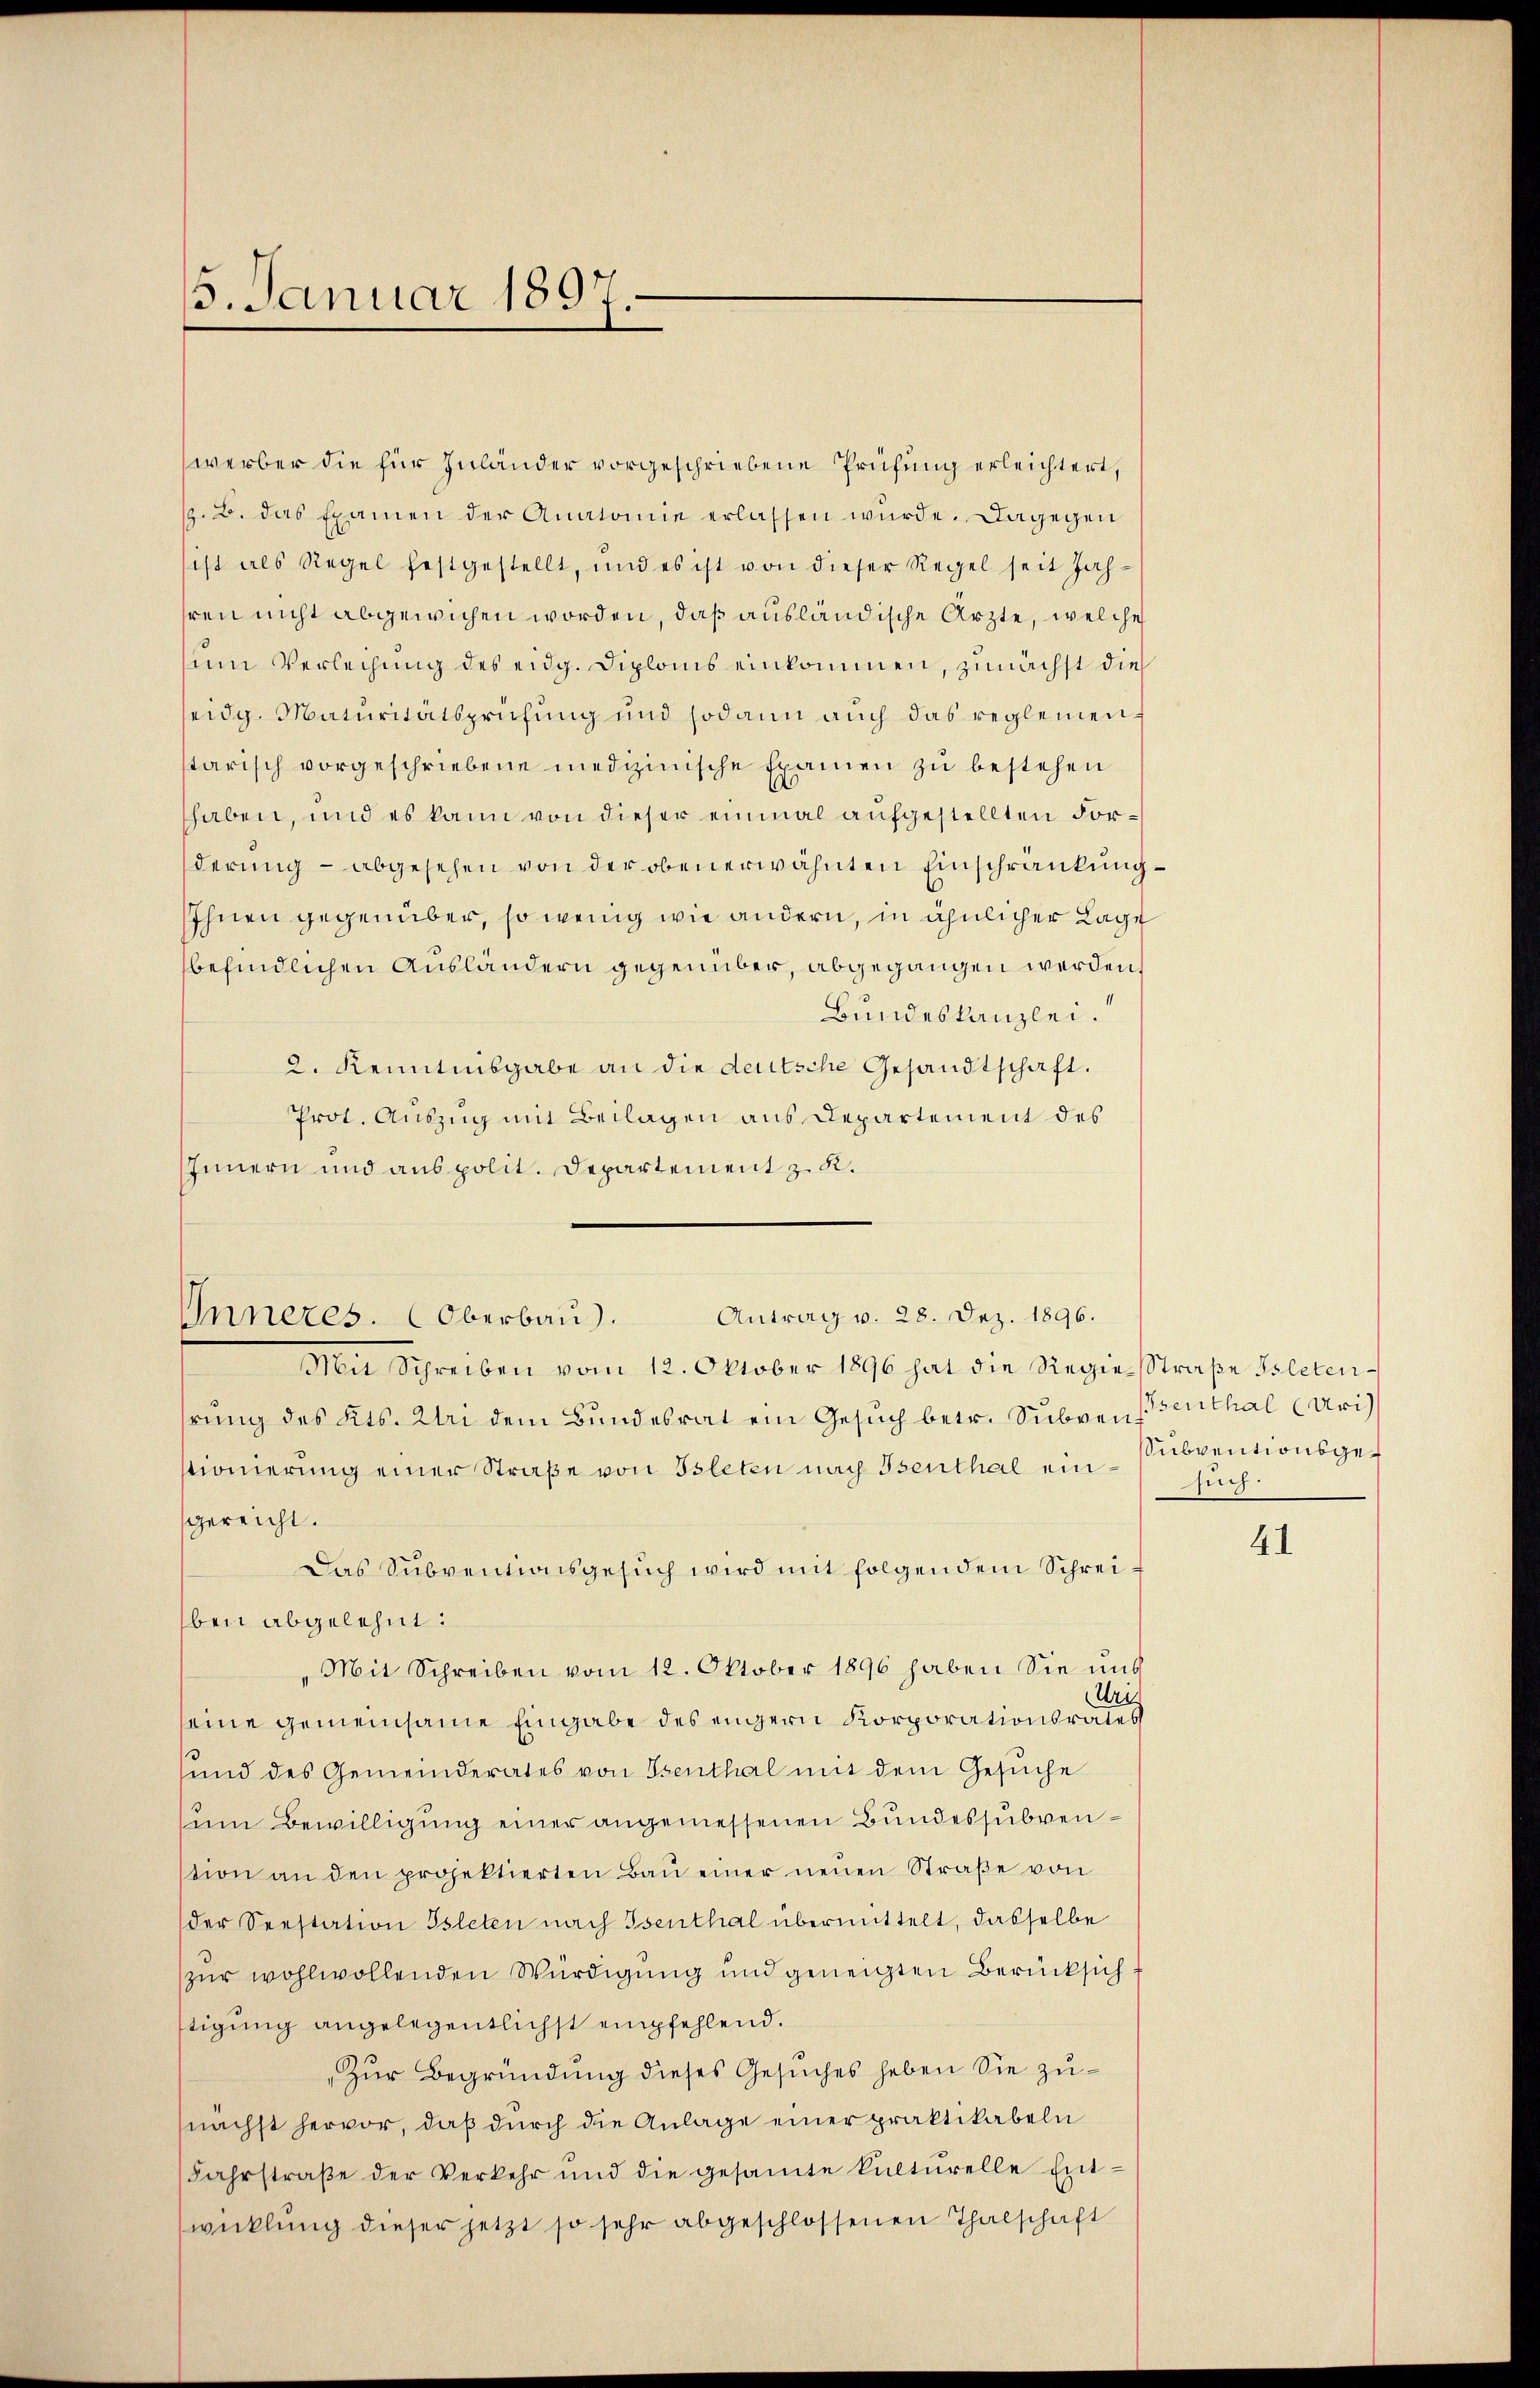
15. Januar 1897.

werber die für Zuländer vorgeschriebene Prüfung erleichtert,
/. B. das Examen der Anatomie erlassen wurde. Dagegen
sist als Regel festgestellt, und es ist von dieser Regel seit Jahhren nicht abgewichen worden, daß ausländische Ärzte, welche
sum Verleihung des eidg. Diploms einkommen, zunächst die
seidg. Maturitätsprüfung und sodann auch das reglemen f
starisch vorgeschriebene medizinische Examen zu bestehen
haben, und es kann von dieser einmal aufgestellten Forderung – abgesehen von der oben erwähnten Einschränkung
Ihnen gegenüber, so wenig wie andern, in ähnlicher Lage
befindlichen Ausländern gegenüber, abgegangen werden,
Bundeskanzlei.
2. Kenntnisgabe an die deutsche Gesandtschaft.
Prot. Auszug mit Beilagen aus Departement des
Innern und anspolit. Departement z. R.
Mit Schreiben vom 12. Oktober 1896 hat die Regie-Straße Isleten
hrung des Kts. Uri dem Bundesrat ein Gesuch betr. Subvenstionierung einer Straße von Isleten nach Benthal ein subventionsgegereicht.
Das Subventionsgesuch wird mit folgendem Schreiben abgelehnt:
„Mit Schreiben vom 12. Oktober 1896 haben Sie und
Uris
seine gemeinsame Eingabe des engern Korporationsrates
sund des Gemeinderates von Osenthal mit dem Gesŭche
um Bewilligung einer angemessenen Bundessubvenstion an den projektierten Baŭ einer neŭen Straβe von
der Seestation Isleten nach Isenthal übermittelt, dasselbe
zur wohlwollenden Würdigung und geneigten Berücksich
tigung angelegentlichst empfehlend.
„Zur Begründung dieses Gesuches haben Sie zunächst hervor, daß durch die Anlage einer praktikabeln
Fahrstraβe der Verkehr und die gesamte Kulturelle Ent-
wicklung dieser jetzt so sehr abgeschlossenen Thalschaft

Inneres. Oberbau).

Antrag v. 28. Dez. 1896.

senthal (Uri)
such.

41